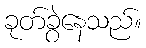
ခုတ်ခွဲနေသည်။